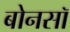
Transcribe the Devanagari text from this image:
बोनसॉ